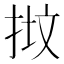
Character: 𢭷